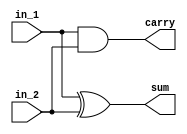

module Fulladder(in_1,in_2,carry,sum);

input wire  in_1 ,in_2; 
output  carry,sum;


assign carry = in_1 &in_2;
assign sum = in_1 ^ in_2;


endmodule